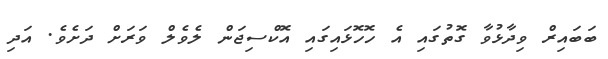
ބަބައިރް ވިދާޅުވާ ގޮތުގައި އެ ހޮހޮޅައިގައި އޮކްސިޖަން ލެވެލް ވަރަށް ދަށެވެ. އަދި